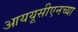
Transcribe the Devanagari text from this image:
आययूसीएनच्या